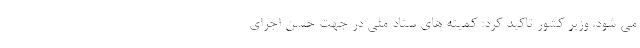
می شود. وزیر کشور تاکید کرد: کمیته های ستاد ملی در جهت حسن اجرای